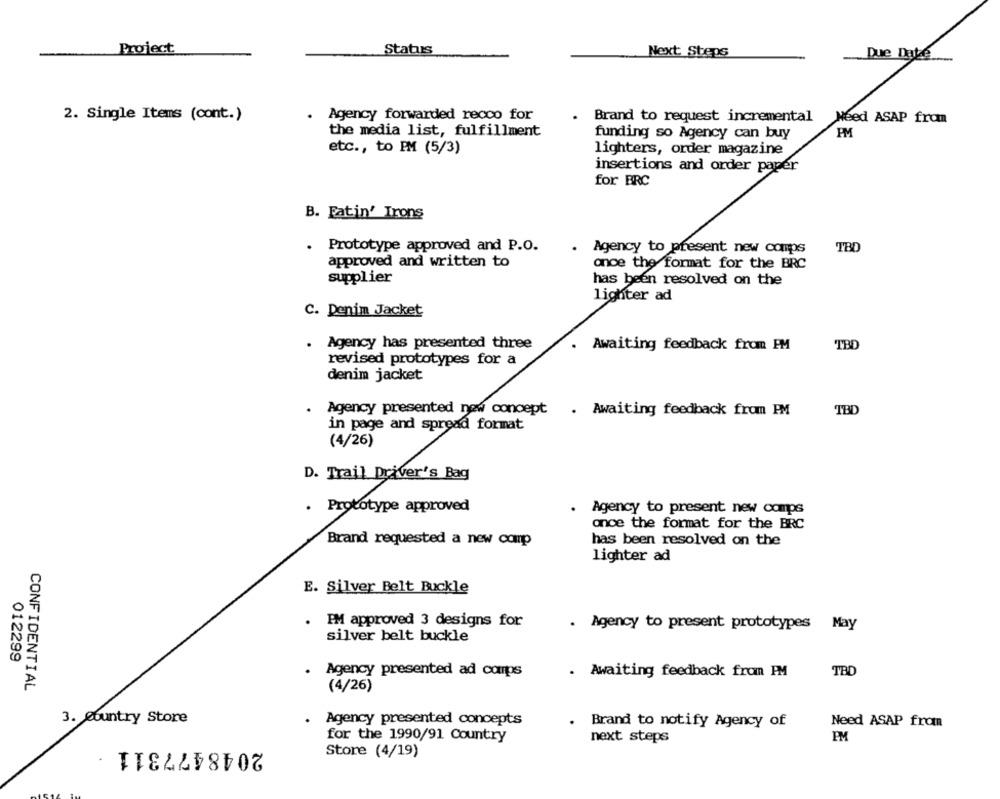
Project
Status
Next Steps
Due Date
2. Single Items (cont.)
Agency forwarded recco for
.
Brand to request incremental
Need ASAP from
the media list, fulfillment
funding so Agency can buy
PM
etc ., to PM (5/3)
lighters, order magazine
insertions and order paper
for BRC
B. Fatin' Irons
Prototype approved and P.O.
TBD
Agency to present new comps
approved and written to
once the format for the BRC
supplier
has been resolved on the
lighter ad
C. Denim Jacket
. Agency has presented three
Awaiting feedback from PM
TBD
revised prototypes for a
denim jacket
. Agency presented now concept . Awaiting feedback from PM
TBD
in page and spread format
(4/26)
D. Trail Driver's Bag
Prototype approved
Agency to present new camps
once the format for the BRC
Brand requested a new comp
has been resolved on the
lighter ad
E. Silver Belt Buckle
. PM approved 3 designs for
. Agency to present prototypes May
silver belt buckle
012299
TBD
Agency presented ad coups
. Awaiting feedback from PM
CONFIDENTIAL
(4/26)
3. Country Store
Agency presented concepts
Brand to notify Agency of
Need ASAP from
2048477311
for the 1990/91 Country
next steps
PM
Store (4/19)